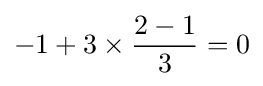
-1+3\times {\frac {2-1}{3}}=0